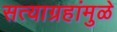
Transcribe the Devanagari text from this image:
सत्याग्रहांमुळे